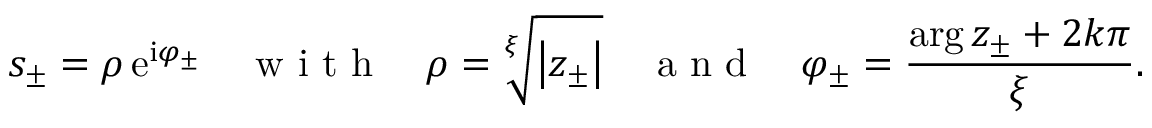
s _ { \pm } = \rho \, \mathrm { e } ^ { \mathrm { i } \varphi _ { \pm } } \quad \mathrm { ~ w ~ i ~ t ~ h ~ } \quad \rho = \sqrt [ \xi ] { \left\vert z _ { \pm } \right\vert } \quad \mathrm { ~ a ~ n ~ d ~ } \quad \varphi _ { \pm } = \frac { \arg z _ { \pm } + 2 k \pi } { \xi } .